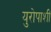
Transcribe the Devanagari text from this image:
युरोपाशी